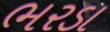
ભરડા